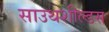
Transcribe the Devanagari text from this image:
साउथशील्डस